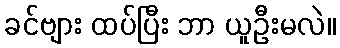
ခင်ဗျား ထပ်ပြီး ဘာ ယူဦးမလဲ။